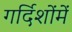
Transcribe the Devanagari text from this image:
गर्दिशोंमें